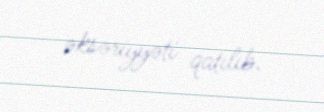
əksəriyyəti qatılıb.